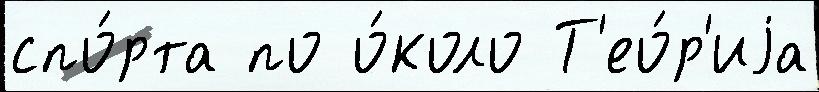
спо́рта по о́коло Т'ео́р'иjа